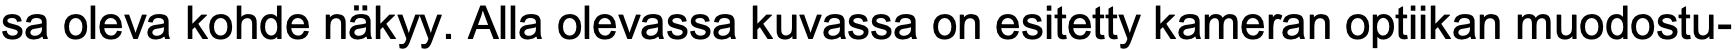
sa oleva kohde näkyy. Alla olevassa kuvassa on esitetty kameran optiikan muodostu-